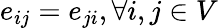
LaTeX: e_{ij}=e_{ji},\forall i,j\in V